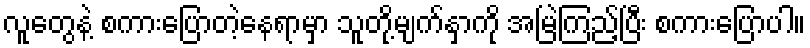
လူတွေနဲ့ စကားပြောတဲ့နေရာမှာ သူတို့မျက်နှာကို အမြဲကြည့်ပြီး စကားပြောပါ။